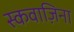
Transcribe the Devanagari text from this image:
स्कवाज़िना